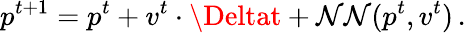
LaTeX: p^{t+1}=p^{t}+v^{t}\cdot\Deltat+\mathcal{N}\mathcal{N}(p^{t},v^{t})\, .